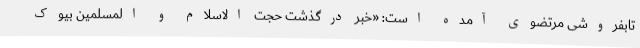
تابفروشی مرتضوی آمده است: «خبر درگذشت حجت الاسلام و المسلمین بیوک